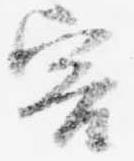
害